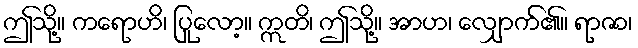
ဤသို့။ ကရောဟိ၊ ပြုလော့။ ဣတိ၊ ဤသို့။ အာဟ၊ လျှောက်၏။ ရာဇာ၊